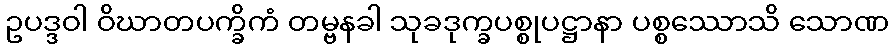
ဥပဒ္ဒဝါ ဝိဃာတပက္ခိကံ တမ္ဗနခါ သုခဒုက္ခပစ္စုပဋ္ဌာနာ ပစ္စဿောသိ သောဏ